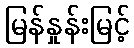
မြန်နှုန်းမြင့်